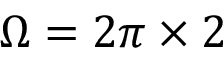
\Omega = 2 \pi \times 2